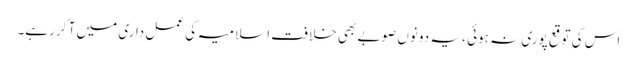
اس کی توقع پوری نہ ہوئی ، یہ دونوں صوبے بھی خلافت اسلامیہ کی عمل داری میں آ کر رہے۔